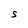
Character: s